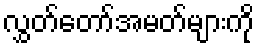
လွှတ်တော်အမတ်များကို